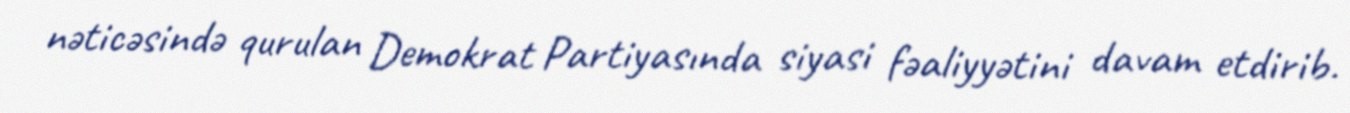
nəticəsində qurulan Demokrat Partiyasında siyasi fəaliyyətini davam etdirib.